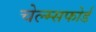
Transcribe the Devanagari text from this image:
चेल्म्सफोर्ड